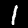
Digit: 1